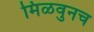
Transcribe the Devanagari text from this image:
मिळवुनच